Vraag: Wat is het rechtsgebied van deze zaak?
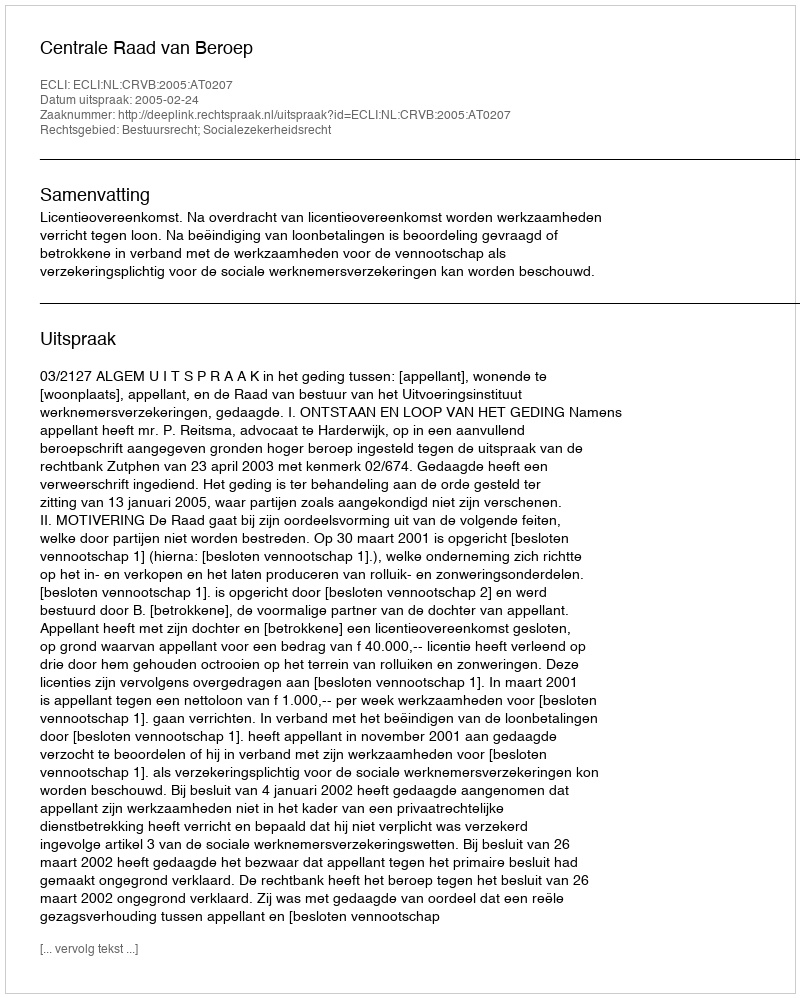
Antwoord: Bestuursrecht; Socialezekerheidsrecht